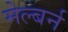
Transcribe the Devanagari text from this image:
मेल्बर्न